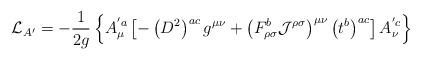
LaTeX: \begin{align*}{\cal{L}}_{A'}=-\frac{1}{2g} \left\{A_\mu^{'a}\left[ -\left(D^2 \right)^{ac} g^{\mu \nu}+\left(F_{\rho \sigma}^b {\cal{J}}^{\rho \sigma} \right)^{\mu \nu} \left(t^b\right)^{ac}\right] A_\nu^{'c} \right\}\end{align*}